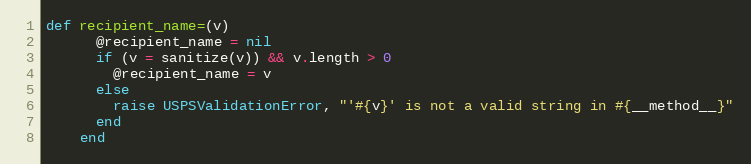
Language: Ruby
def recipient_name=(v)
      @recipient_name = nil
      if (v = sanitize(v)) && v.length > 0
        @recipient_name = v
      else
        raise USPSValidationError, "'#{v}' is not a valid string in #{__method__}"
      end
    end